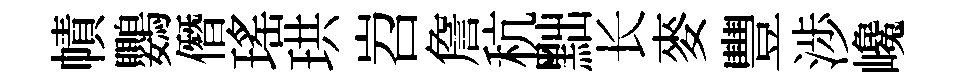
幘鸚僭瑤珙岧詹秔黜长麥豐渉巉